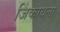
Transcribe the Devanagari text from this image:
जिंकायला